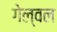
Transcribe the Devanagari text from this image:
गेल्वल